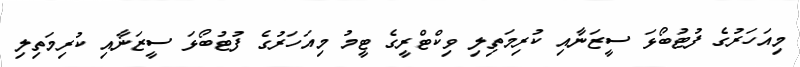
މިއަހަރުގެ ފުޓުބޯޅަ ސީޒަނާއި ކުރިމަތިލި ވިކްޓްރީގެ ޓީމު މިއަހަރުގެ ފުޓުބޯޅަ ސީޒަނާއި ކުރިމަތިލި